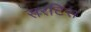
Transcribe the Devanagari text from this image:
सरटिस